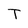
Character: T